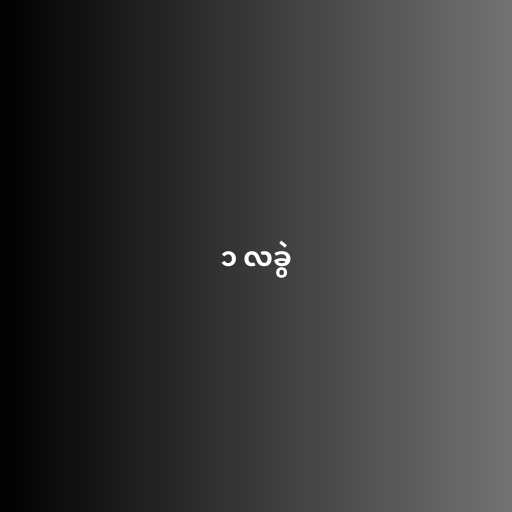
၁ လခွဲ